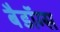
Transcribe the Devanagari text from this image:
बैडॉग्स